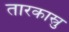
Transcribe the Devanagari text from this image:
तारकास्रु